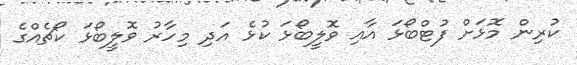
ކުރިން މޮޅަށް ފުޓްބޯޅަ އާއި ވޮލީބޯޅަ ކުޅެ އަދި މިހާރު ވޮލީބޯޅަ ކޯޗެއްގެ